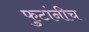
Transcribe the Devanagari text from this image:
फुटांनीच